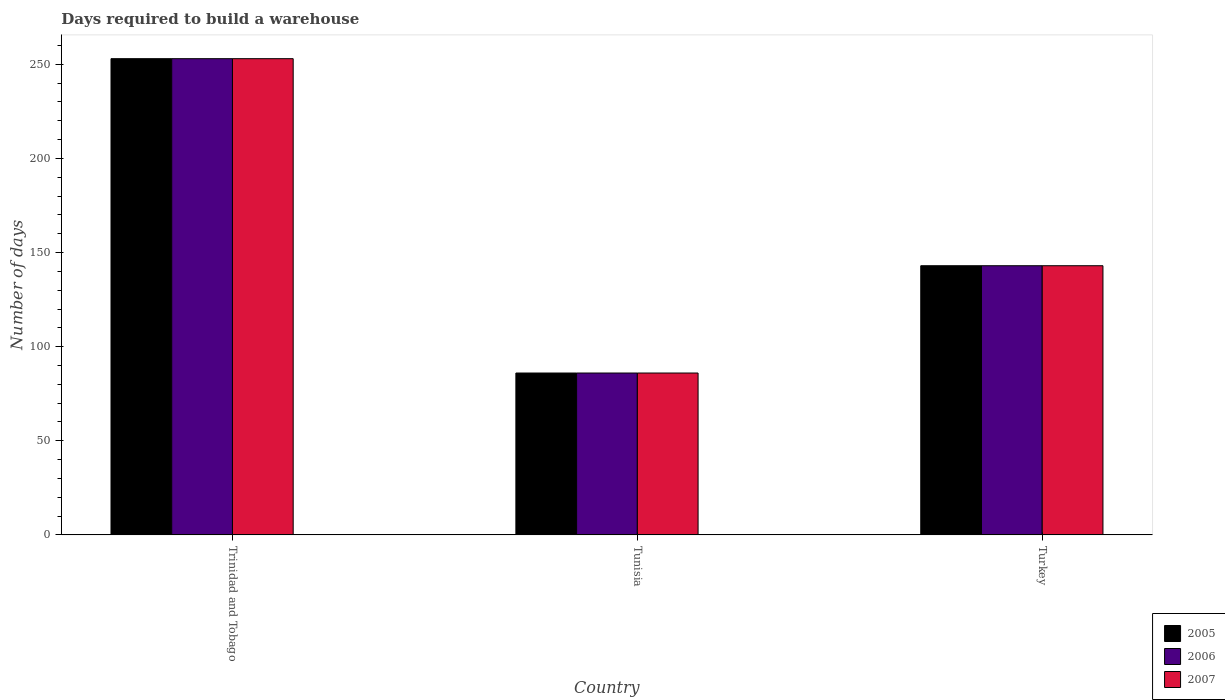
| Country | 2005 | 2006 | 2007 |
 | --- | --- | --- | --- |
 | Trinidad and Tobago | 253 | 253 | 253 |
 | Tunisia | 86 | 86 | 86 |
 | Turkey | 143 | 143 | 143 |